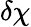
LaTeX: \delta\chi